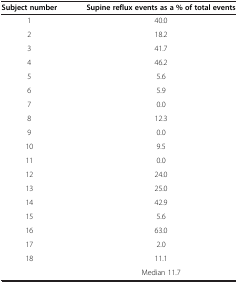
| Subject number | Supine reflux events as a % of total events |
 | --- | --- |
 | 1 | 40.0 |
 | 2 | 18.2 |
 | 3 | 41.7 |
 | 4 | 46.2 |
 | 5 | 5.6 |
 | 6 | 5.9 |
 | 7 | 0.0 |
 | 8 | 12.3 |
 | 9 | 0.0 |
 | 10 | 9.5 |
 | 11 | 0.0 |
 | 12 | 24.0 |
 | 13 | 25.0 |
 | 14 | 42.9 |
 | 15 | 5.6 |
 | 16 | 63.0 |
 | 17 | 2.0 |
 | 18 | 11.1 |
 |  | Median 11.7 |